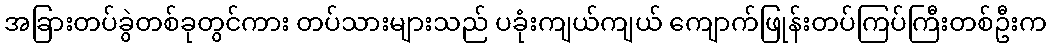
အခြားတပ်ခွဲတစ်ခုတွင်ကား တပ်သားများသည် ပခုံးကျယ်ကျယ် ကျောက်ဖြုန်းတပ်ကြပ်ကြီးတစ်ဦးက